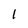
Character: 1